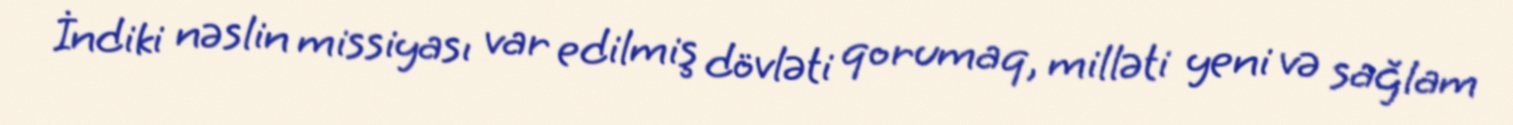
İndiki nəslin missiyası var edilmiş dövləti qorumaq, milləti yeni və sağlam